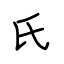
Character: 氏